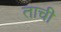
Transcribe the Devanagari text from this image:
ताची